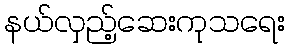
နယ်လှည့်ဆေးကုသရေး